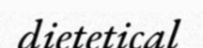
dietetical